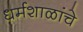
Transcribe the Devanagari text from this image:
धर्मशाळांचे